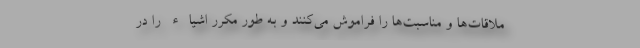
ملاقات‌ها و مناسبت‌ها را فراموش می‌کنند و به طور مکرر اشیاء را در